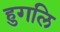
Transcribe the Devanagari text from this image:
हुगलि